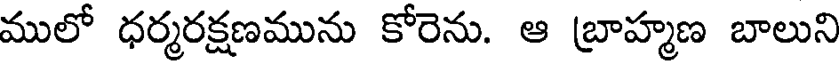
ములో ధర్మరక్షణమును కోరెను. ఆ బ్రాహ్మణ బాలుని